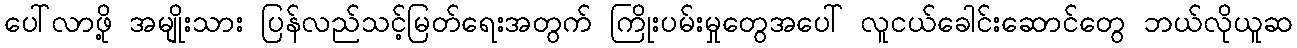
ပေါ်လာဖို့ အမျိုးသား ပြန်လည်သင့်မြတ်ရေးအတွက် ကြိုးပမ်းမှုတွေအပေါ် လူငယ်ခေါင်းဆောင်တွေ ဘယ်လိုယူဆ